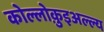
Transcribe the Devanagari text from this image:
कोल्लोक़ुइअल्ल्य